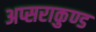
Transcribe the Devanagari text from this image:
अप्सराकुण्ड